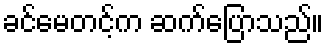
ခင်မေတင့်က ဆက်ပြောသည်။